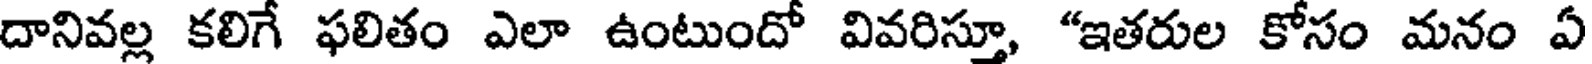
దానివల్ల కలిగే ఫలితం ఎలా ఉంటుందో వివరిస్తూ, "ఇతరుల కోసం మనం ఏ